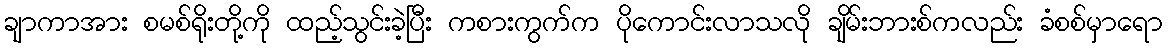
ချာကာအား စမစ်ရိုးတို့ကို ထည့်သွင်းခဲ့ပြီး ကစားကွက်က ပိုကောင်းလာသလို ချိမ်းဘားစ်ကလည်း ခံစစ်မှာရော